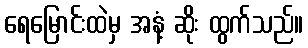
ရေမြောင်းထဲမှ အနံ့ ဆိုး ထွက်သည်။